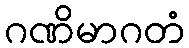
ဂဏိမာဂတံ